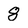
Character: 8